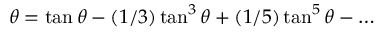
\theta = \tan \theta - ( 1 / 3 ) \tan ^ { 3 } \theta + ( 1 / 5 ) \tan ^ { 5 } \theta - \ldots